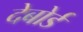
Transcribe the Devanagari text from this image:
देबोर्ड